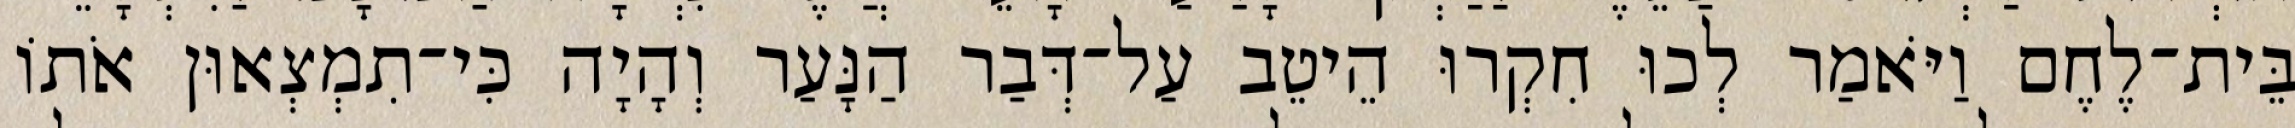
בֵּית־לֶחֶם וַיֹּאמַר לְכוּ חִקְרוּ הֵיטֵב עַל־דְּבַר הַנָּעַר וְהָיָה כִּי־תִמְצְאוּן אֹתוֹ